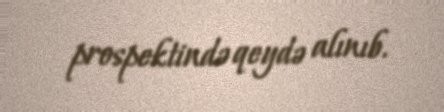
prospektində qeydə alınıb.